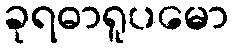
ခုရဓာရူပမော